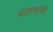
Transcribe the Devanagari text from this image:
वलयांनी